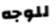
للوجه